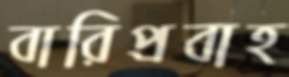
বারিপ্রবাহ